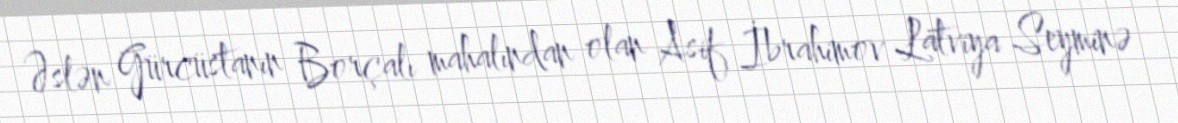
Əslən Gürcüstanın Borçalı mahalından olan Asif İbrahimov Latviya Seyminə